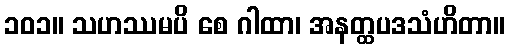
၁၀၁။ သဟဿမပိ စေ ဂါထာ၊ အနတ္ထပဒသံဟိတာ။